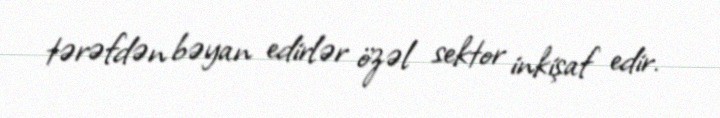
tərəfdən bəyan edirlər özəl sektor inkişaf edir.